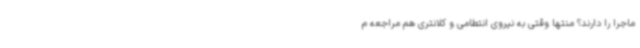
ماجرا را دارند؟ منتها وقتی به نیروی انتطامی و کلانتری هم مراجعه م